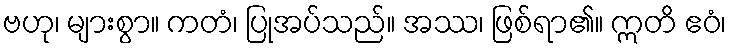
ဗဟု၊ များစွာ။ ကတံ၊ ပြုအပ်သည်။ အဿ၊ ဖြစ်ရာ၏။ ဣတိ ဧဝံ၊